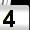
Digit: 4